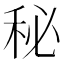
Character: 秘